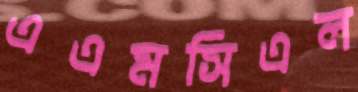
এএমসিএল